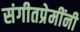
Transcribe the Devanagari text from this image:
संगीतप्रेमींनी